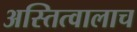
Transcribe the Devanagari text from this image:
अस्तित्वालाच